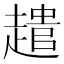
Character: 𮚾